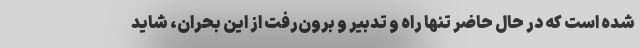
شده است که در حال حاضر تنها راه و تدبیر و برون‌رفت از این بحران، شاید